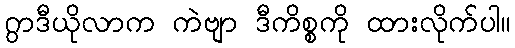
ဂွာဒီယိုလာက ကဲဗျာ ဒီကိစ္စကို ထားလိုက်ပါ။